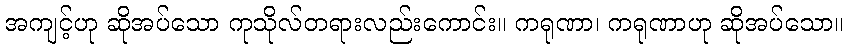
အကျင့်ဟု ဆိုအပ်သော ကုသိုလ်တရားလည်းကောင်း။ ကရုဏာ၊ ကရုဏာဟု ဆိုအပ်သော။